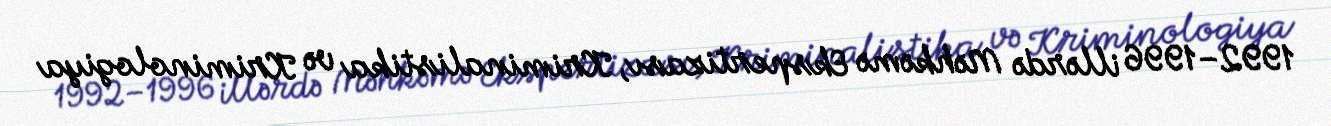
1992–1996 illərdə Məhkəmə Ekspertizası, Kriminalistika və Kriminologiya